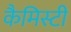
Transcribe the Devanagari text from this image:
कैमिस्टी